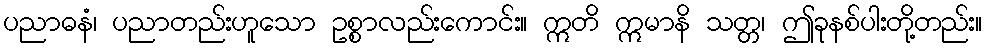
ပညာဓနံ၊ ပညာတည်းဟူသော ဥစ္စာလည်းကောင်း။ ဣတိ ဣမာနိ သတ္တ၊ ဤခုနစ်ပါးတို့တည်း။